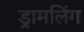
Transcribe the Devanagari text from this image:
ड्रामलिंग